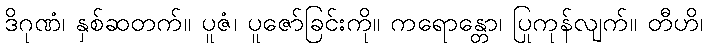
ဒိဂုဏံ၊ နှစ်ဆတက်။ ပူဇံ၊ ပူဇော်ခြင်းကို။ ကရောန္တော၊ ပြုကုန်လျက်။ တီဟိ၊